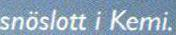
snöslott i Kemi.